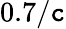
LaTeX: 0.7/\mathtt{c}